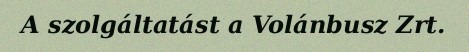
A szolgáltatást a Volánbusz Zrt.